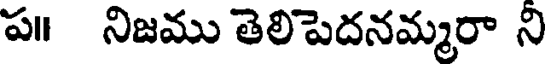
ప॥ నిజము తెలిపెదనమ్మరా ని